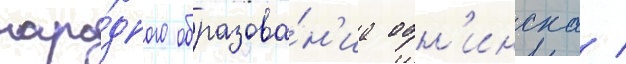
наро́дного образова́н'иа обн'инска /